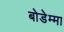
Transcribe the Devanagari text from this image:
बोडेम्मा